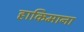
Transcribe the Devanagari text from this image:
हाकिमाना